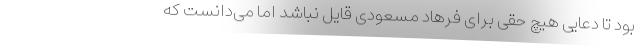
بود تا دعایی هیچ حقی برای فرهاد مسعودی قایل نباشد اما می‌دانست که